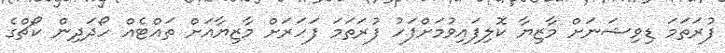
ފުރަތަމަ ޑިވިޝަނަށް މާޒިޔާ ކޮލިފައިވުމަށްފަހު ފުރަތަމަ ފަހަރަށް މާޒިޔާއަށް ތައްޓެއް ހޯދަދިން ކޯޗްގެ